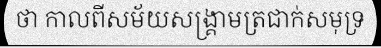
ថា កាលពីសម័យសង្គ្រាមត្រជាក់សមុទ្រ